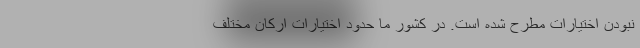
نبودن اختیارات مطرح شده است. در کشور ما حدود اختیارات ارکان مختلف